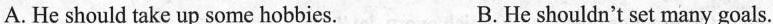
A. He should take up some hobbies. B. He shouldn't set many goals.